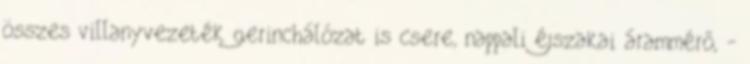
összes villanyvezeték gerinchálózat is csere, nappali éjszakai árammérő, -